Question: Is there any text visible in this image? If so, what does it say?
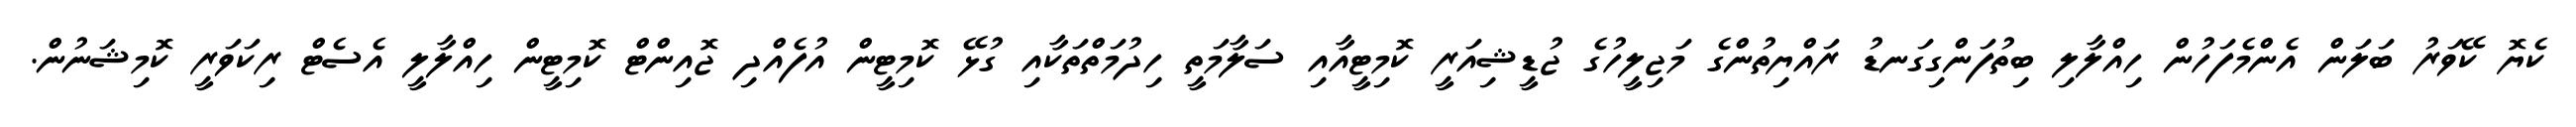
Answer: ކެޔޮ ކޭވަރު ބަލަން އެންމެފަހުން ހިއްލާލި ބިތުފަންގިގަނޑު ރައްޔިތުންގެ މަޖިލީހުގެ ޖުޑީޝިއަރީ ކޮމިޓީއާއި ސަލާމަތީ ހިދުމަތްތަކާއި ގުޅޭ ކޮމިޓީން އުފެއްދި ޖޮއިންޓް ކޮމިޓީން ހިއްލާލީ އެސެޓް ރިކަވަރީ ކޮމިޝަނުން.